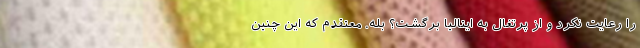
را رعایت نکرد و از پرتغال به ایتالیا برگشت؟ بله. معتقدم که این چنین